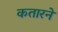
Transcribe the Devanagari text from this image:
कतारने